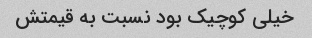
خیلی کوچیک بود نسبت به قیمتش